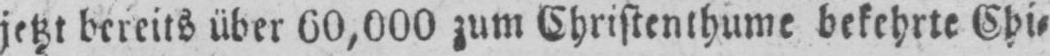
jetzt bereits über 60,000 zum Christenthume bekehrte Chi⸗